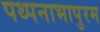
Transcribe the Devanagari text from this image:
पथ्पनाभापुरम